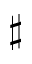
\sharp